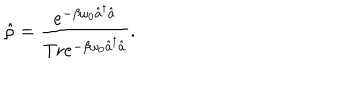
\hat { \rho } = \frac { e ^ { - \beta \omega _ { 0 } \hat { a } ^ { \dagger } \hat { a } } } { \mathrm { T r } e ^ { - \beta \omega _ { 0 } \hat { a } ^ { \dagger } \hat { a } } } .